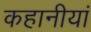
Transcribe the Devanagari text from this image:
कहानीयां